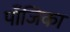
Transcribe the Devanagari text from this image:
पाँजिका